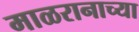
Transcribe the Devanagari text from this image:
माळरानाच्या